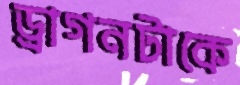
ড্রাগনটাকে